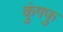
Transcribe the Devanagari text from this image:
कुंगफु